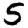
Digit: 5